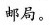
邮局。